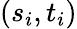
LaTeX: (s_{i},t_{i})